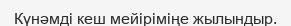
Күнәмді кеш мейіріміңе жылындыр.